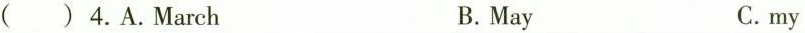
( ) 4. A.March B.May C.my